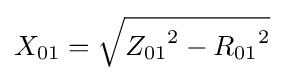
{X_{01}}={\sqrt {{Z_{01}}^{2}-{R_{01}}^{2}}}